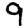
Digit: 9